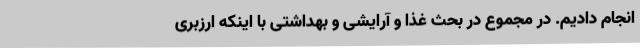
انجام دادیم. در مجموع در بحث غذا و آرایشی و بهداشتی با اینکه ارزبری